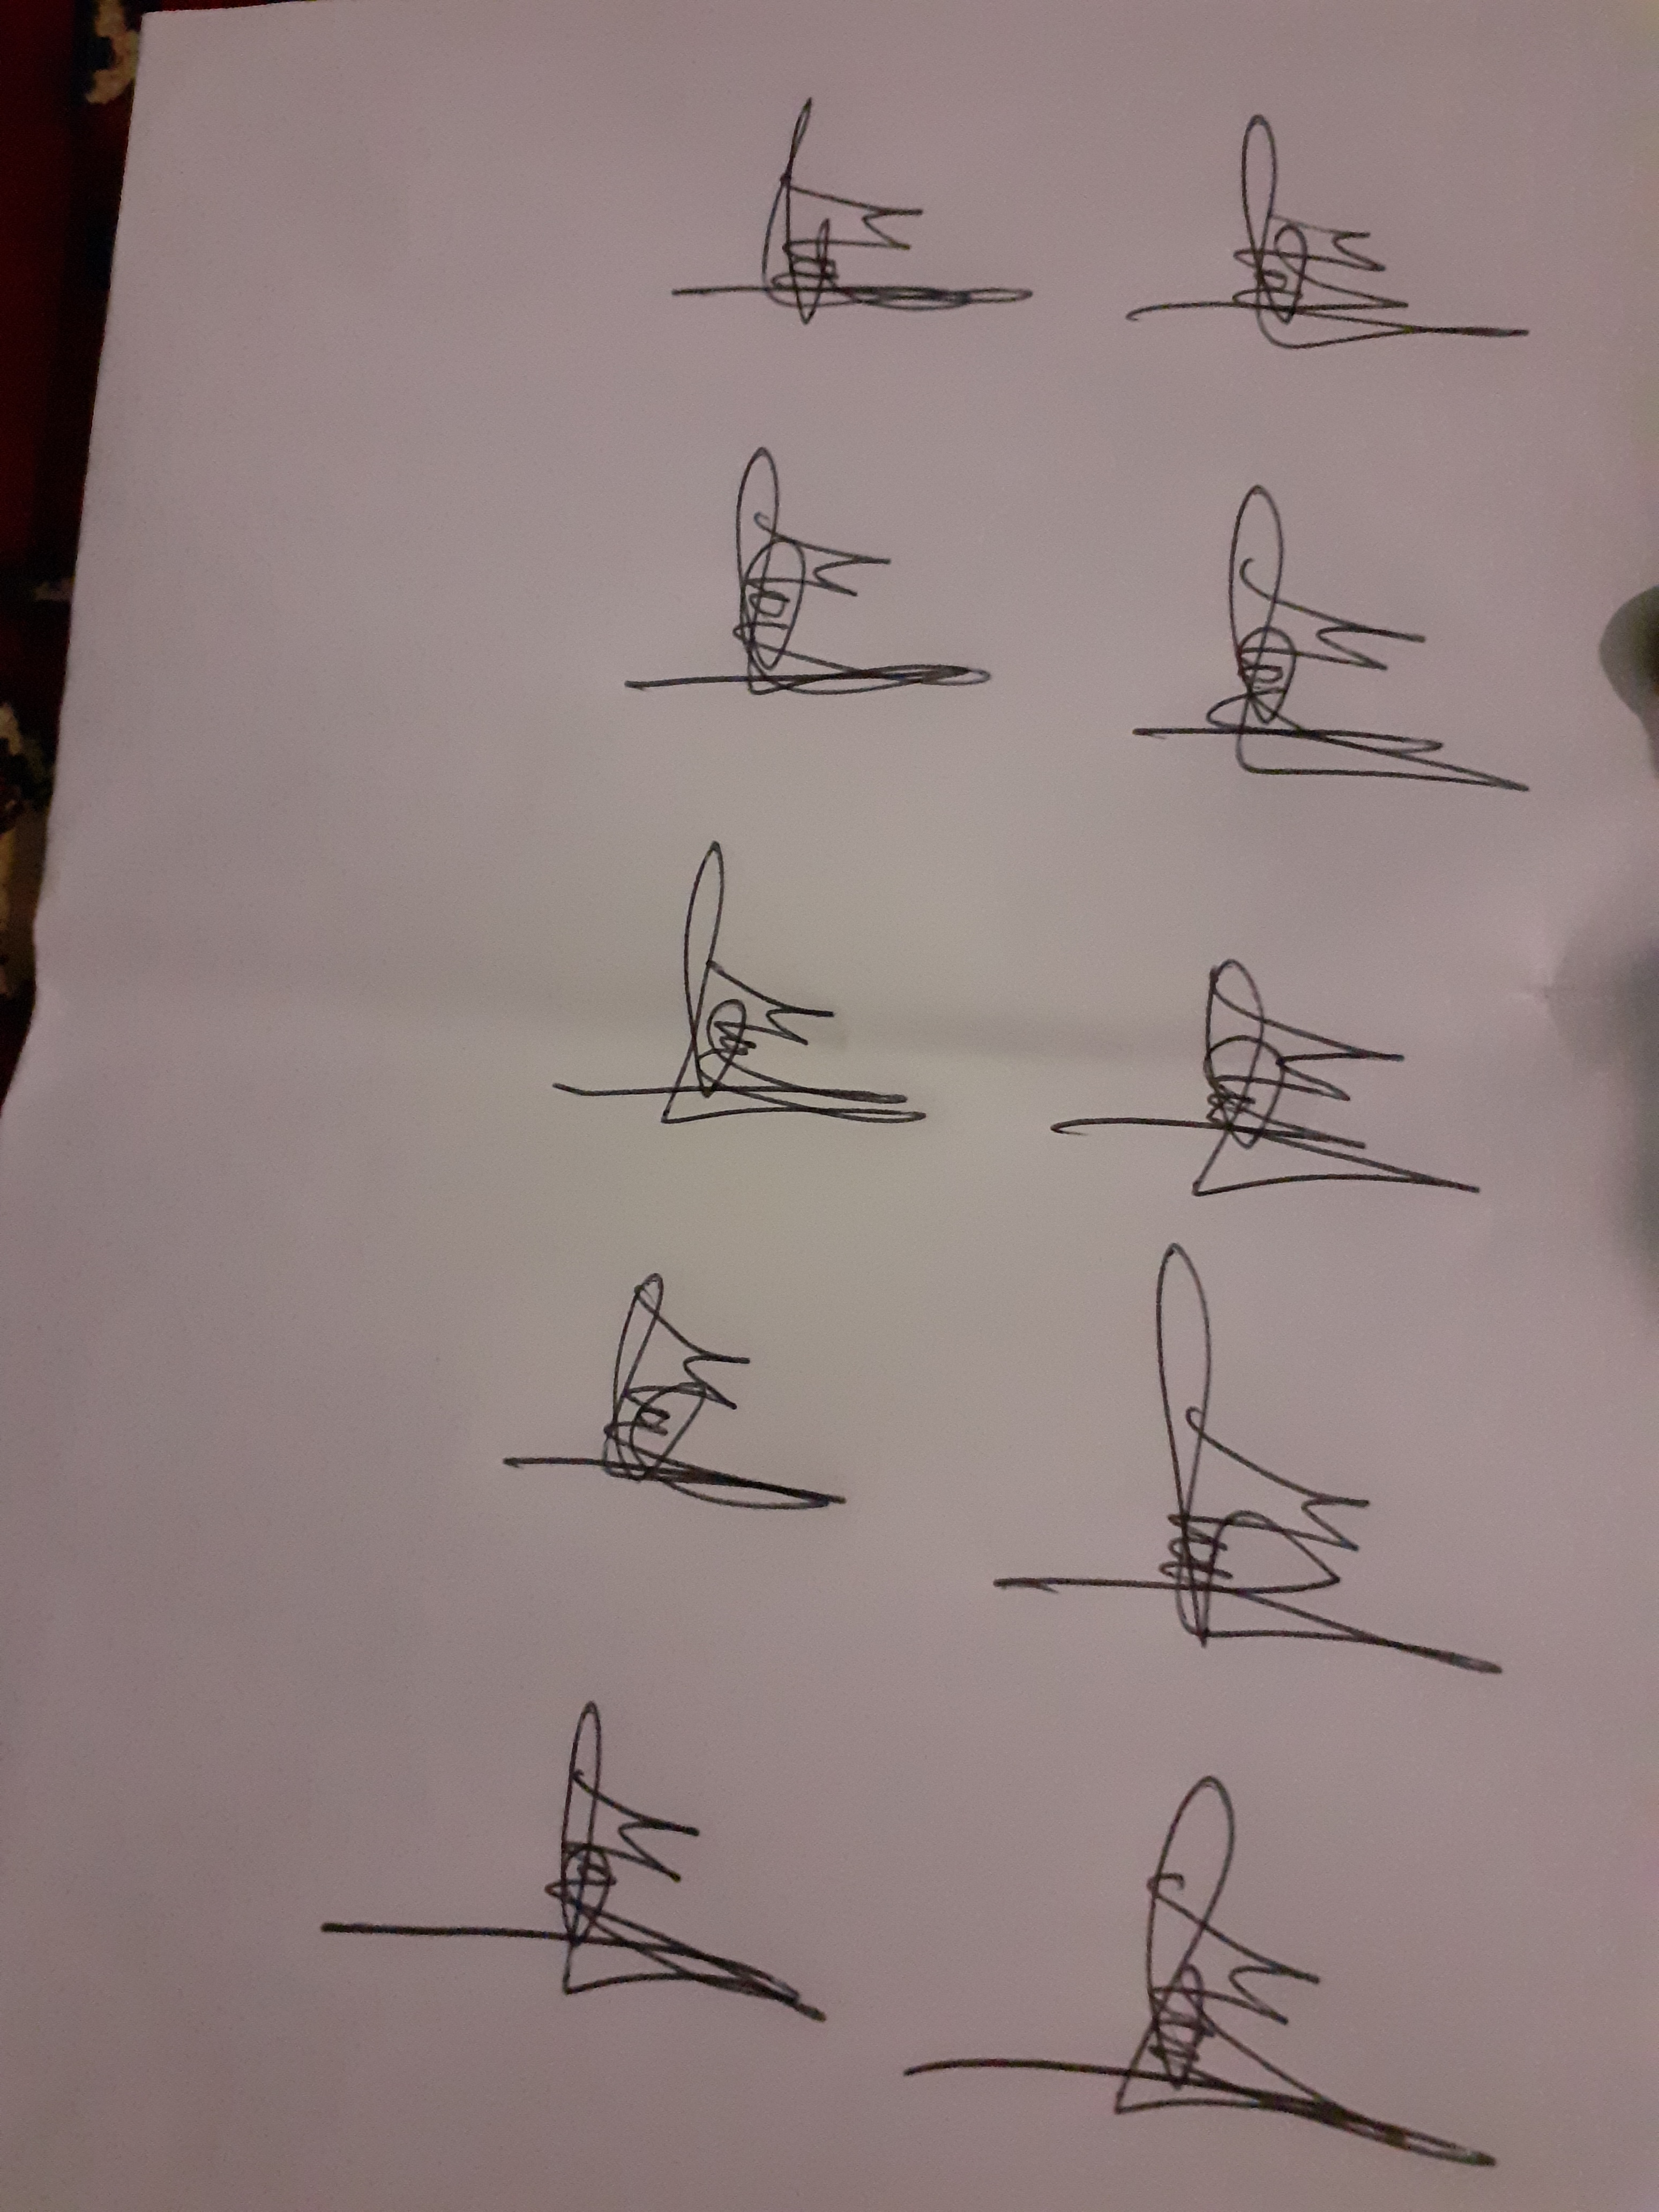
Signature authenticity: genuine